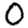
Digit: 0